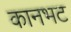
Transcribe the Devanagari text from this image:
कानभट